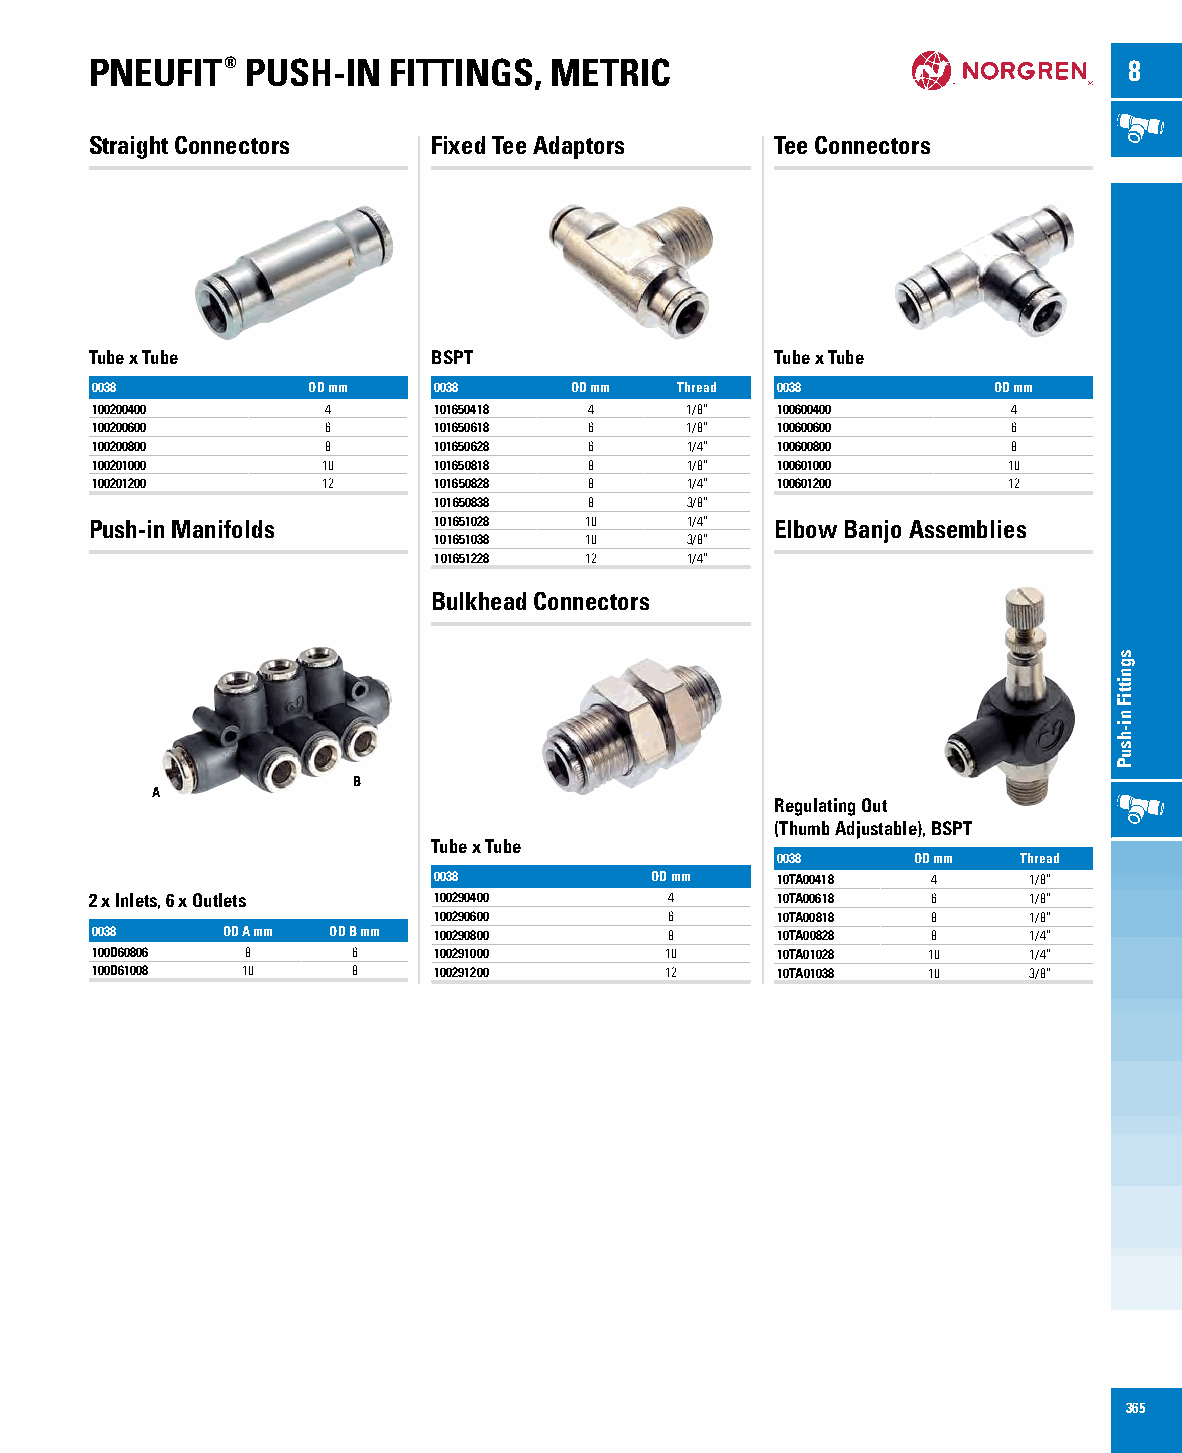
PNEUFIT®  PUSH-IN   FITTINGS, METRIC                                 8
 Straight Connectors    Fixed Tee Adaptors    Tee Connectors
 Tube x Tube            BSPT                  Tube x Tube
 0038          OD mm    0038     OD mm  Thread 0038          OD mm
 100200400       4      101650418 4     1/8”  100600400       4
 100200600       6      101650618 6     1/8”  100600600       6
 100200800       8      101650628 6     1/4”  100600800       8
 100201000      10      101650818 8     1/8”  100601000       10
 100201200      12      101650828 8     1/4”  100601200       12
 101650838 8     3/8”
 Push-in Manifolds      101651028 10    1/4”  Elbow Banjo Assemblies
 101651038 10    3/8”
 101651228 12    1/4”
 Bulkhead Connectors
 B
 A
 Regulating Out
 (Thumb Adjustable), BSPT
 Tube x Tube
 0038     OD mm   Thread
 0038          OD mm   10TA00418  4     1/8”
 2 x Inlets, 6 x Outlets 100290400     4      10TA00618  6     1/8”
 100290600      6      10TA00818  8     1/8”
 0038     OD A mm OD B mm 100290800    8      10TA00828  8     1/4”
 100D60806 8      6     100291000      10     10TA01028 10     1/4”
 100D61008 10     8     100291200      12     10TA01038 10     3/8”
 365
 sgnittiF
 ni-hsuP